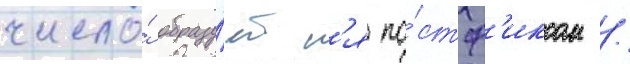
число́ образу́етс'я по́стф'иксом /